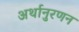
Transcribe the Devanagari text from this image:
अर्थानुरणन